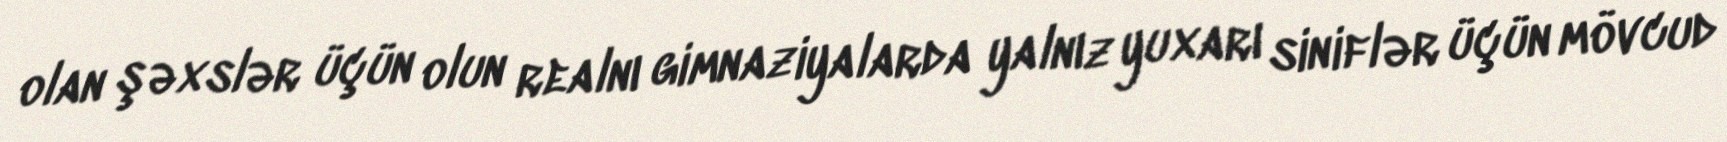
olan şəxslər üçün olun realnı gimnaziyalarda yalnız yuxarı siniflər üçün mövcud